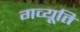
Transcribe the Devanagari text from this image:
गव्यूति